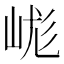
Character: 㟌